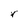
Character: r